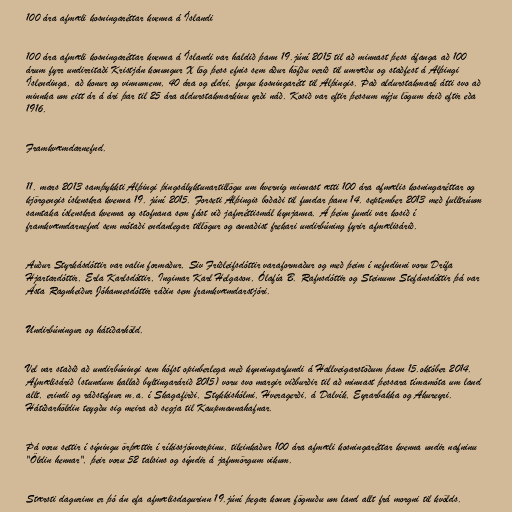
100 ára afmæli kosningaréttar kvenna á Íslandi

100 ára afmæli kosningaréttar kvenna á Íslandi var haldið þann 19.júní 2015 til að minnast þess áfanga að 100
árum fyrr undirritaði Kristján konungur X lög þess efnis sem áður höfðu verið til umræðu og staðfest á Alþingi
Íslendinga, að konur og vinnumenn, 40 ára og eldri, fengu kosningarétt til Alþingis. Það aldurstakmark átti svo að
minnka um eitt ár á ári þar til 25 ára aldurstakmarkinu yrði náð. Kosið var eftir þessum nýju lögum árið eftir eða
1916.

Framkvæmdarnefnd.

11. mars 2013 samþykkti Alþingi þingsályktunartillögu um hvernig minnast ætti 100 ára afmælis kosningaréttar og
kjörgengis íslenskra kvenna 19. júní 2015. Forseti Alþingis boðaði til fundar þann 14. september 2013 með fulltrúum
samtaka íslenskra kvenna og stofnana sem fást við jafnréttismál kynjanna. Á þeim fundi var kosið í
framkvæmdarnefnd sem mótaði endanlegar tillögur og annaðist frekari undirbúning fyrir afmælisárið.

Auður Styrkásdóttir var valin formaður, Siv Friðleifsdóttir varaformaður og með þeim í nefndinni voru Drífa
Hjartardóttir, Erla Karlsdóttir, Ingimar Karl Helgason, Ólafía B. Rafnsdóttir og Steinunn Stefánsdóttir þá var
Ásta Ragnheiður Jóhannesdóttir ráðin sem framkvæmdarstjóri.

Undirbúningur og hátíðarhöld.

Vel var staðið að undirbúningi sem hófst opinberlega með kynningarfundi á Hallveigarstöðum þann 15.október 2014.
Afmælisárið (stundum kallað byltingarárið 2015) voru svo margir viðburðir til að minnast þessara tímamóta um land
allt, erindi og ráðstefnur m.a. í Skagafirði, Stykkishólmi, Hveragerði, á Dalvík, Eyrarbakka og Akureyri.
Hátíðarhöldin teygðu sig meira að segja til Kaupmannahafnar.

Þá voru settir í sýningu örþættir í ríkissjónvarpinu, tileinkaður 100 ára afmæli kosningaréttar kvenna undir nafninu
"Öldin hennar", þeir voru 52 talsins og sýndir á jafnmörgum vikum.

Stærsti dagurinn er þó án efa afmælisdagurinn 19.júní þegar konur fögnuðu um land allt frá morgni til kvölds.